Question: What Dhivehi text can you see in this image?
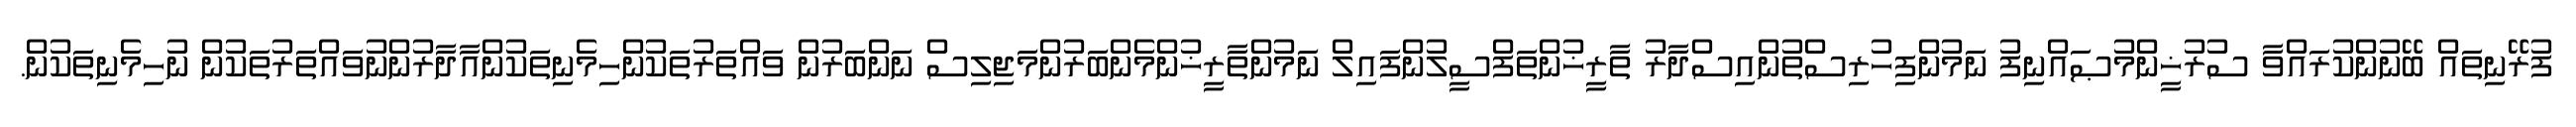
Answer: ފުރޭނިތައް ބޭނުންކުރައްވާ ސުރުޚީންމުޞައްނިފު ނަމުންފިހުރިސްތުންއިސްދާރު ތާރީޚުންތަފްސީލުންފައިލް ނަމުންތާރީޚުންމެންބަރުންމަޖިލިސް ނަންބަރުން ވައްތަރުތަކުންހިމެނިތަކުންއާދާރުންނުވައްތަރުތަކުން ނުހިމެނިތަކުން.